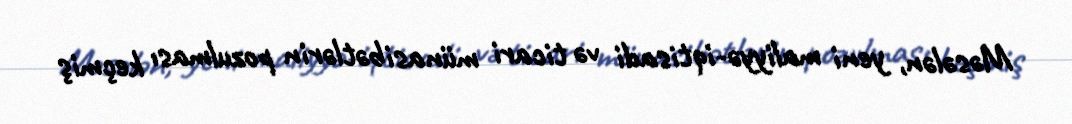
Məsələn, yeni maliyyə-iqtisadi və ticari münasibətlərin pozulması keçmiş